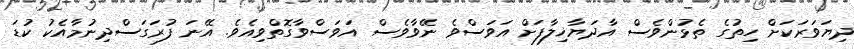
ދިޔަވަރަކަށް ހިތުގެ ތެޅުންވެސް އާދަޔާޚިލާފަށް އަވަސްވެ ނޭވާވެސް އަވަސްވާގޮތްވިއެވެ. އޭނަ ފުރަގަސްދިނުމާއެކު ކުޑަ